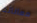
معاناته